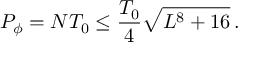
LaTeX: P _ { \phi } = N T _ { 0 } \leq \frac { T _ { 0 } } { 4 } \sqrt { L ^ { 8 } + 1 6 } \, .